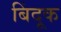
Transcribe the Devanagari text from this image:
बिंदूक